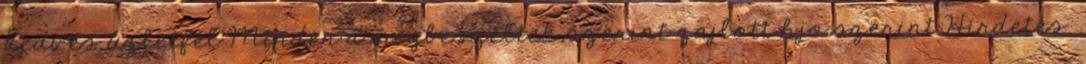
kedves üzletfél Minden a megbeszéltek szerint zajlott hjo szerint:Hirdetés: